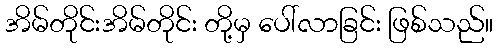
အိမ်တိုင်းအိမ်တိုင်း တို့မှ ပေါ်လာခြင်း ဖြစ်သည်။